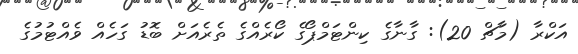
އަކްރާ (މާޗް 20): ގާނާގެ ކިންޓަމްޕޯގެ ކޯރެއްގެ ތެރެއަށް ބޮޑު ގަހެއް ވެއްޓުމުގެ